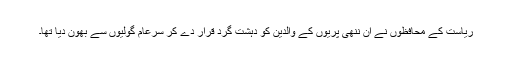
ریاست کے محافظوں نے ان ننھی پریوں کے والدین کو دہشت گرد قرار دے کر سرعام گولیوں سے بھون دیا تھا۔